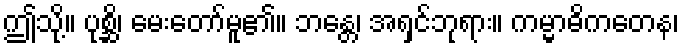
ဤသို့။ ပုစ္ဆိ၊ မေးတော်မူ၏။ ဘန္တေ၊ အရှင်ဘုရား။ ကမ္မာဓိကတေန၊